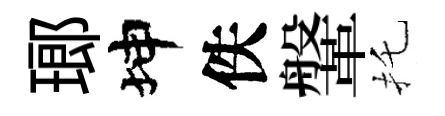
瑯坤佚鞶托